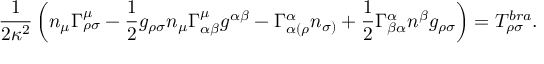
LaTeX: \frac { 1 } { 2 \kappa ^ { 2 } } \left( n _ { \mu } \Gamma _ { \rho \sigma } ^ { \mu } - \frac { 1 } { 2 } g _ { \rho \sigma } n _ { \mu } \Gamma _ { \alpha \beta } ^ { \mu } g ^ { \alpha \beta } - \Gamma _ { \alpha ( \rho } ^ { \alpha } n _ { \sigma ) } + \frac { 1 } { 2 } \Gamma _ { \beta \alpha } ^ { \alpha } n ^ { \beta } g _ { \rho \sigma } \right) = T _ { \rho \sigma } ^ { b r a } .